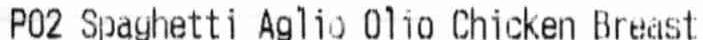
P02 SPAGHETTI AGLIO OLIO CHICKEN BREAST